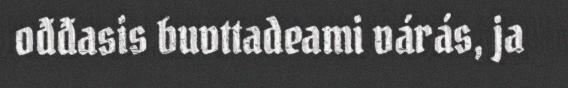
ođđasis buvttadeami várás, ja